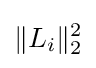
\|L_{i}\|_{2}^{2}